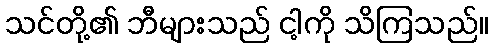
သင်တို့၏ ဘီများသည် ငါ့ကို သိကြသည်။